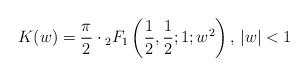
LaTeX: \begin{align*}K(w)=\frac{\pi}{2}\cdot {}_2F_1\left(\frac{1}{2},\frac{1}{2};1;w^2\right)\textrm{, }|w|<1\end{align*}